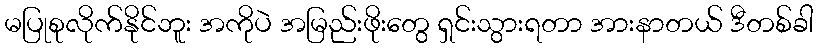
မပြုစုလိုက်နိုင်ဘူး အကိုပဲ အမြည်းဖိုးတွေ ရှင်းသွားရတာ အားနာတယ် ဒီတစ်ခါ